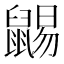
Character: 𪕩